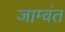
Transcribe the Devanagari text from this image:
जाम्वंत